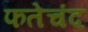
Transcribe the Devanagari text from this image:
फतेचंद